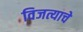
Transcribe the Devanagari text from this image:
विजत्याचे